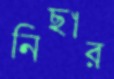
নিছার